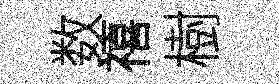
数禧樹